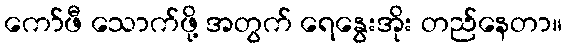
ကော်ဖီ သောက်ဖို့ အတွက် ရေနွေးအိုး တည်နေတာ။